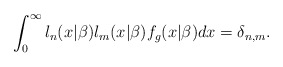
\begin{align*}\int_{0}^{\infty }l_{n}(x|\beta )l_{m}(x|\beta )f_{g}(x|\beta )dx=\delta_{n,m}. \end{align*}